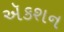
ઍકશન